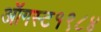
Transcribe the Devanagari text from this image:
ऑगस्ट१९८४